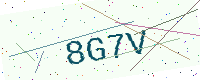
Text: 8G7V